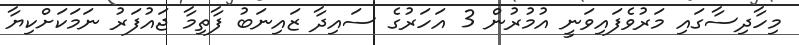
މިހާދިސާގައި މަރުވެފައިވަނީ އުމުރުން 3 އަހަރުގެ ސައިދާ ޒައިނަބު ފާތިމާ ޖައުފަރު ނަމަކަށްކިޔާ